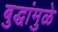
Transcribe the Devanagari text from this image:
बुद्धांमुळे